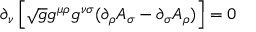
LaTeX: \partial _ { \nu } \left[ \sqrt { g } g ^ { \mu \rho } g ^ { \nu \sigma } ( \partial _ { \rho } A _ { \sigma } - \partial _ { \sigma } A _ { \rho } ) \right] = 0